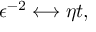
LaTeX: \epsilon ^ { - 2 } \longleftrightarrow \eta t ,